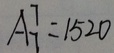
A ^ { 7 } _ { 7 } = 1 5 2 0